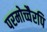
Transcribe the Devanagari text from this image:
परमोच्चैरपि